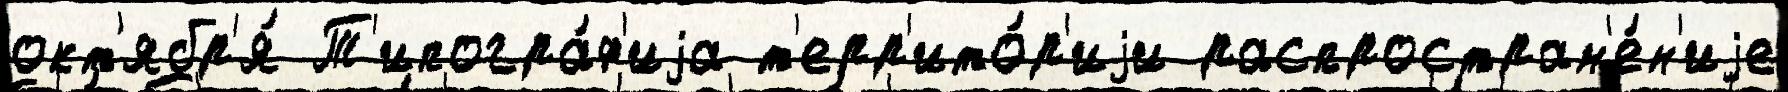
окт'ябр'я́ Т'ипогра́ф'иjа т'ерр'ито́р'иjи распростран'е́н'иjе